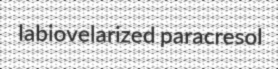
labiovelarized paracresol